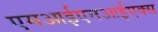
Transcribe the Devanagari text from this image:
एमआईएनआईएक्स